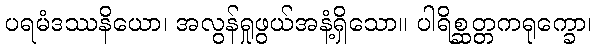
ပရမံဒဿနိယော၊ အလွန်ရှုဖွယ်အနံ့ရှိသော။ ပါရိစ္ဆတ္တကရုက္ခော၊